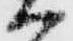
ハ